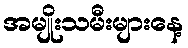
အမျိုးသမီးများနေ့